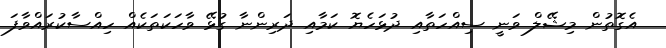
އެގޮތުން މިޝޭލް ވަނީ ސިއްހަތާއި ދުޅަހެޔޮ ކަމާއި ދަރިންނާ ގުޅޭ ވާހަކަތަކެއް ހިއްސާކުރައްވާފަ